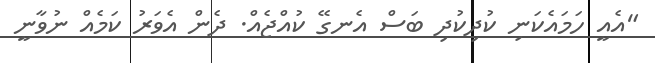
"އެއީ ހަމައެކަނި ކުދިކުދި ބަސް އެނގޭ ކުއްޖެއް. ދެން އެވަރު ކަމެއް ނުވާނީ